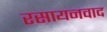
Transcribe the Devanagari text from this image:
रसायनवाद